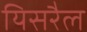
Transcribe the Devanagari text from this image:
यिसरैल